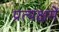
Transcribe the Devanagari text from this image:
प्रत्यक्षमें